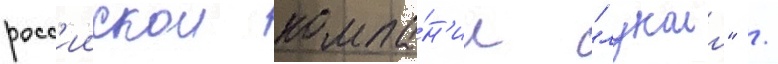
росс'иискои компа́н'ии "лукоил" /